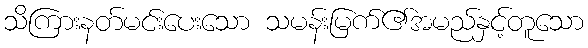
သိကြားနတ်မင်းပေးသော သမန်းမြက်၏အမည်နှင့်တူသော